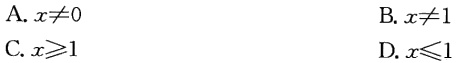
A. \(x\neq0\)

B. \(x\neq1\)

C. \(x\geqslant1\)

D. \(x\leqslant1\)